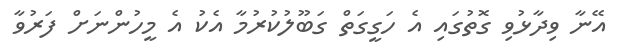
އޭނާ ވިދާޅުވި ގޮތުގައި އެ ހަގީގަތް ގަބޫލުކުރުމާ އެކު އެ މީހުންނަށް ފަރުވާ